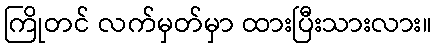
ကြိုတင် လက်မှတ်မှာ ထားပြီးသားလား။